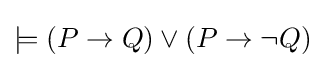
\models (P\to Q)\lor (P\to \neg Q)